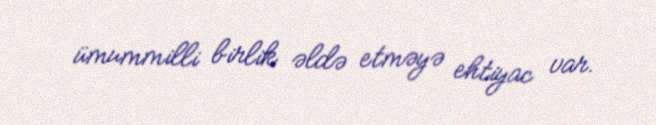
ümummilli birlik əldə etməyə ehtiyac var.